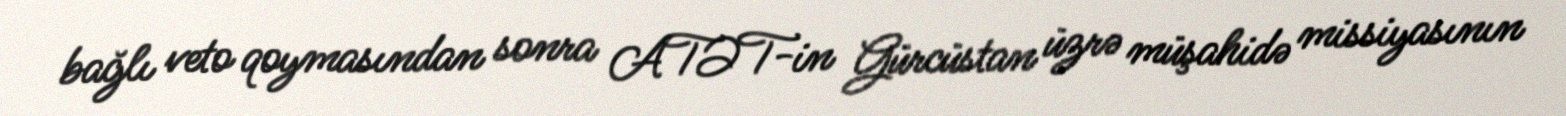
bağlı veto qoymasından sonra ATƏT-in Gürcüstan üzrə müşahidə missiyasının